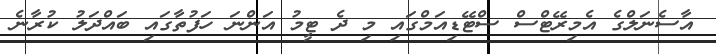
އާސެނަލްގެ އެމިރޭޓްސް ސްޓޭޑިއަމްގައި މި ދެ ޓީމު އަންނަ ހަފުތާގައި ބައްދަލު ކުރާނެ